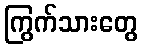
ကြွက်သားတွေ